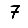
Digit: 7